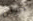
دروس